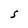
Character: S